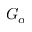
G _ { \alpha }